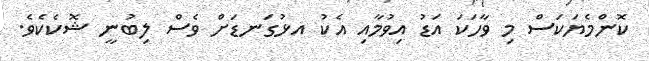
ކޮންމެޔަކަސް މި ވާހަކަ އަޑު އިވުމާއި އެކު އޅުގަނޑަށް ވެސް ލިބުނީ ޝޮކެކެވެ.